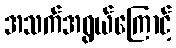
အသက်အရွယ်ကြောင့်